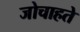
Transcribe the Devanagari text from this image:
जोचाहते